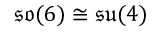
{ \mathfrak { s o } } ( 6 ) \cong { \mathfrak { s u } } ( 4 )